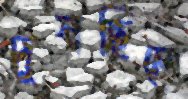
দুষছিলে